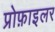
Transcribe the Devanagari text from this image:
प्रोफ़ाइलर